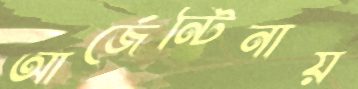
আর্জেন্টিনায়